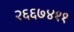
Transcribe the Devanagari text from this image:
२६६७४११